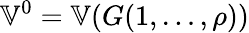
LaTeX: \mathbb{V}^{0}=\mathbb{V}(G(1,\ldots,\rho))